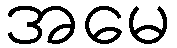
အမေ